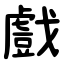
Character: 戲